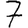
Digit: 7